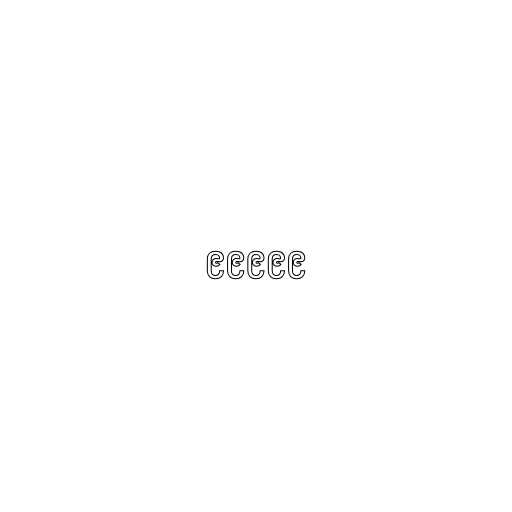
၉၉၉၉၉